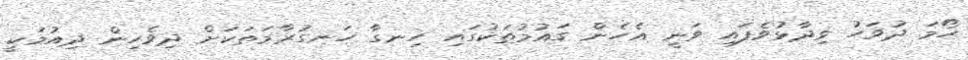
ހޯމަ ދުވަހު ވިދާޅުވެފައި ވަނީ އެހެން ގައުމުތަކުގައި ހިނގާ ހަނގުރާމަތަކަށް ދިވެހިން ދިއުމަކީ